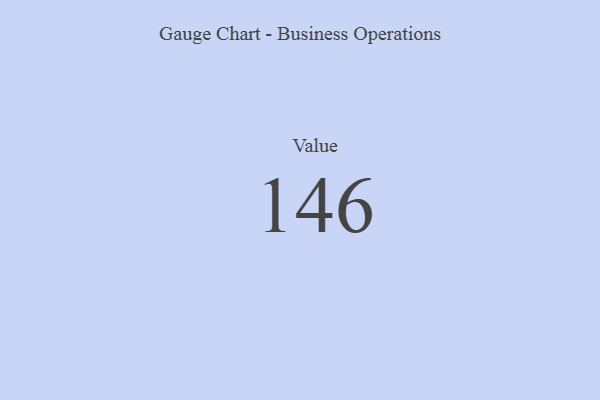
{"axis": {"x": "Metric", "y": "Value"}, "legend": [""], "data": [{"x": "Value", "y": 146, "type": ""}]}